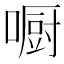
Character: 𠾇